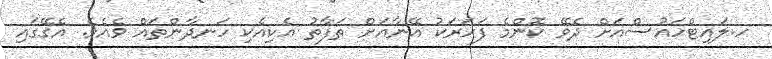
ހ.ލައިޓްހައުސްއަށް ދެވޭ ކޮންމެ ފަހަރަކު އޭނާއަށް ތަފާތު އެކިއެކި ހަނދާންތައް ވެއެވެ. އެގޭގައި